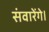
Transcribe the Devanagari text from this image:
संवारेंगे।